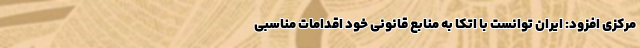
مرکزی افزود: ایران توانست با اتکا به منابع قانونی خود اقدامات مناسبی